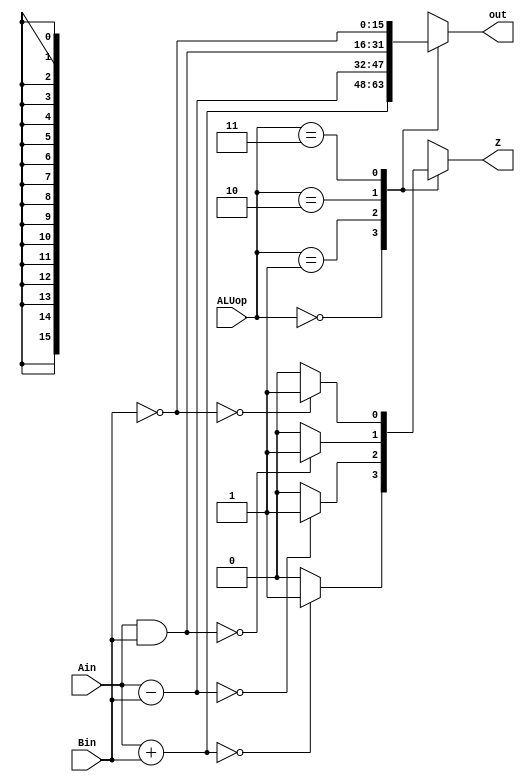
module ALU(Ain,Bin,out,ALUop,Z);

input [15:0] Ain,Bin;
input[1:0] ALUop;
output reg[15:0] out;
output reg Z;


	always @(*)
		begin
		Z = 0;
		case(ALUop)
               
					2'b00:
					begin

					out = Ain + Bin;
					if(out== 16'b0)
					Z=1; 
					else 
					Z=0;
					
				
					end
					2'b01:
					begin
					
					out = Ain - Bin;
					if(out== 16'b0)
					Z=1; 
					else 
					Z=0;
					end

					2'b10:
					begin
					out = Ain & Bin;
					if(out== 16'b0)
					Z=1; 
					else 
					Z=0;	
					end

					2'b11:
					begin
					out = ~Bin;
					if(out== 16'b0)
					Z=1; 
					else 
					Z=0;
					end
		endcase
	end
endmodule